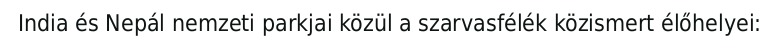
India és Nepál nemzeti parkjai közül a szarvasfélék közismert élőhelyei: